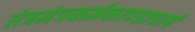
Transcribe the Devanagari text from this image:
तंत्रमंत्रकर्मकाण्डाचार्य